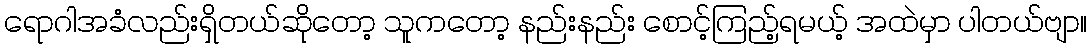
ရောဂါအခံလည်းရှိတယ်ဆိုတော့ သူကတော့ နည်းနည်း စောင့်ကြည့်ရမယ့် အထဲမှာ ပါတယ်ဗျာ။